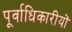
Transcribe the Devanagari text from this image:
पूर्वाधिकारीयों